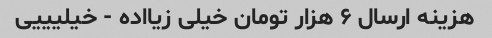
هزینه ارسال ۶ هزار تومان خیلی زیااده - خیلیییی